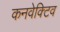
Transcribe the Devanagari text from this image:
कनवेक्टिव